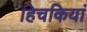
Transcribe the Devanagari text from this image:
हिचकियां